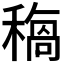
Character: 𥡺